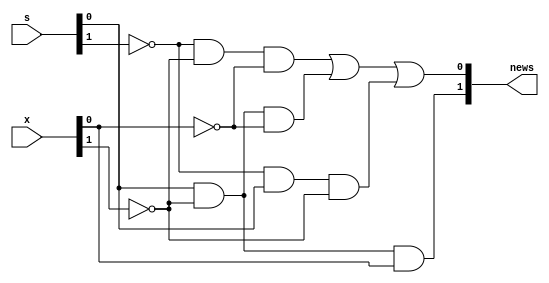
module sigma(output  [1:2]news, input  [1:2]s, input  [1:2]x);

  assign
    #1 news[1] = s[2] & ~x[1] & x[2];

  assign	
    #2 news[2] = ~s[1] & ~x[1] & ~x[2] 
		 | s[2] & ~x[1] & ~x[2] 
		 | ~s[1] & s[2] & ~x[1];
   
endmodule